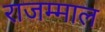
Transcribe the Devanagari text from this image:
राजम्माल